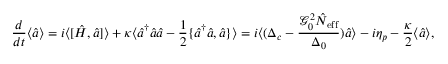
\frac { d } { d t } \langle \hat { a } \rangle = i \langle [ \hat { H } , \hat { a } ] \rangle + \kappa \langle \hat { a } ^ { \dagger } \hat { a } \hat { a } - \frac { 1 } { 2 } \{ \hat { a } ^ { \dagger } \hat { a } , \hat { a } \} \rangle = i \langle ( \Delta _ { c } - \frac { \mathcal { G } _ { 0 } ^ { 2 } \hat { N } _ { \mathrm { e f f } } } { \Delta _ { 0 } } ) \hat { a } \rangle - i \eta _ { p } - \frac { \kappa } { 2 } \langle \hat { a } \rangle ,